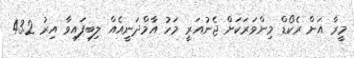
މީރާ އަށް ރެކޯޑް މިންވަރަކަށް ޖެނުއަރީ މަހު އާމްދަނީއެއް ލިބިފައިވާ އިރު 43.2